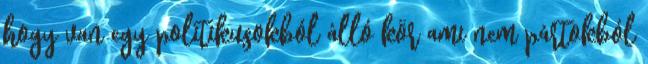
hogy van egy politikusokból álló kör ami nem pártokból